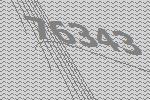
76343